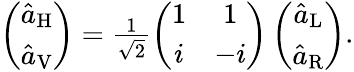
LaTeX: \begin{array}{r}{\left(\begin{array}{c}{\hat{a}_{\mathrm{H}}}\\ {\hat{a}_{\mathrm{V}}}\end{array}\right)=\frac{1}{\sqrt{2}}\left(\begin{array}{cc}{1}&{1}\\ {i}&{-i}\end{array}\right)\left(\begin{array}{c}{\hat{a}_{\mathrm{L}}}\\ {\hat{a}_{\mathrm{R}}}\end{array}\right).}\end{array}